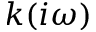
k ( i \omega )